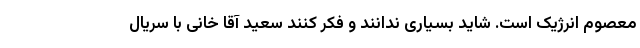
معصوم انرژیک است. شاید بسیاری ندانند و فکر کنند سعید آقا خانی با سریال